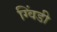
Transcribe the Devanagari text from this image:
ग्विंडी